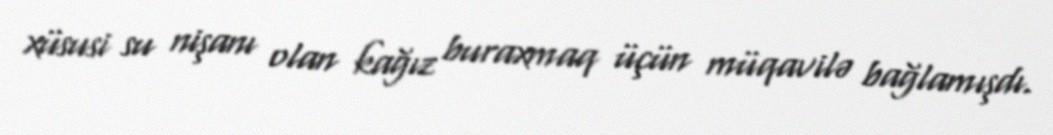
xüsusi su nişanı olan kağız buraxmaq üçün müqavilə bağlamışdı.